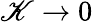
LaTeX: \mathscr{K}\rightarrow0